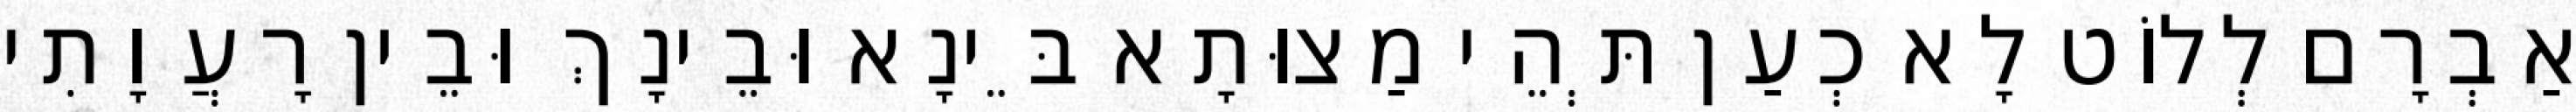
אַבְרָם לְלוֹט לָא כְעַן תְּהֵי מַצוּתָא בֵּינָא וּבֵינָךְ וּבֵין רָעֲוָתִי